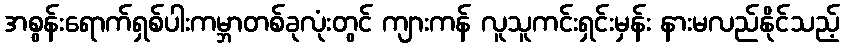
အစွန်းရောက်ရှစ်ပါးကမ္ဘာတစ်ခုလုံးတွင် ကျားကန် လူသူကင်းရှင်းမှန်း နားမလည်နိုင်သည့်